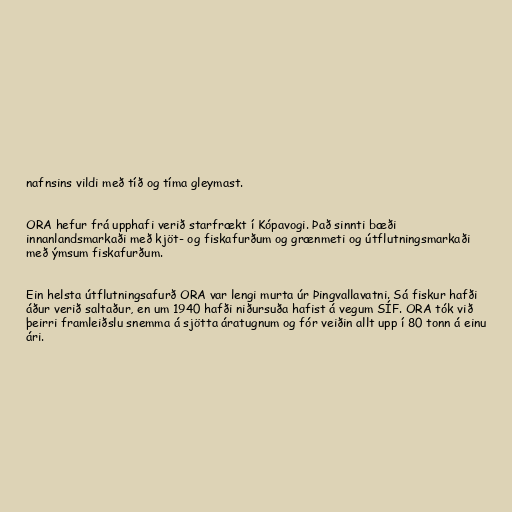
nafnsins vildi með tíð og tíma gleymast.

ORA hefur frá upphafi verið starfrækt í Kópavogi. Það sinnti bæði
innanlandsmarkaði með kjöt- og fiskafurðum og grænmeti og útflutningsmarkaði
með ýmsum fiskafurðum.

Ein helsta útflutningsafurð ORA var lengi murta úr Þingvallavatni. Sá fiskur hafði
áður verið saltaður, en um 1940 hafði niðursuða hafist á vegum SÍF. ORA tók við
þeirri framleiðslu snemma á sjötta áratugnum og fór veiðin allt upp í 80 tonn á einu
ári.